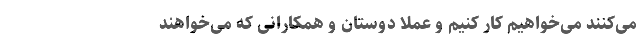
می‌کنند می‌خواهیم کار کنیم و عملاً دوستان و همکارانی که می‌خواهند